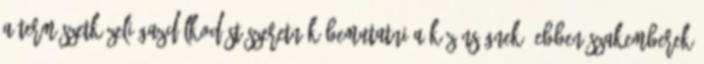
a természetközeli gazdálkodást szeretnék bemutatni a közönségnek. Ebben szakemberek